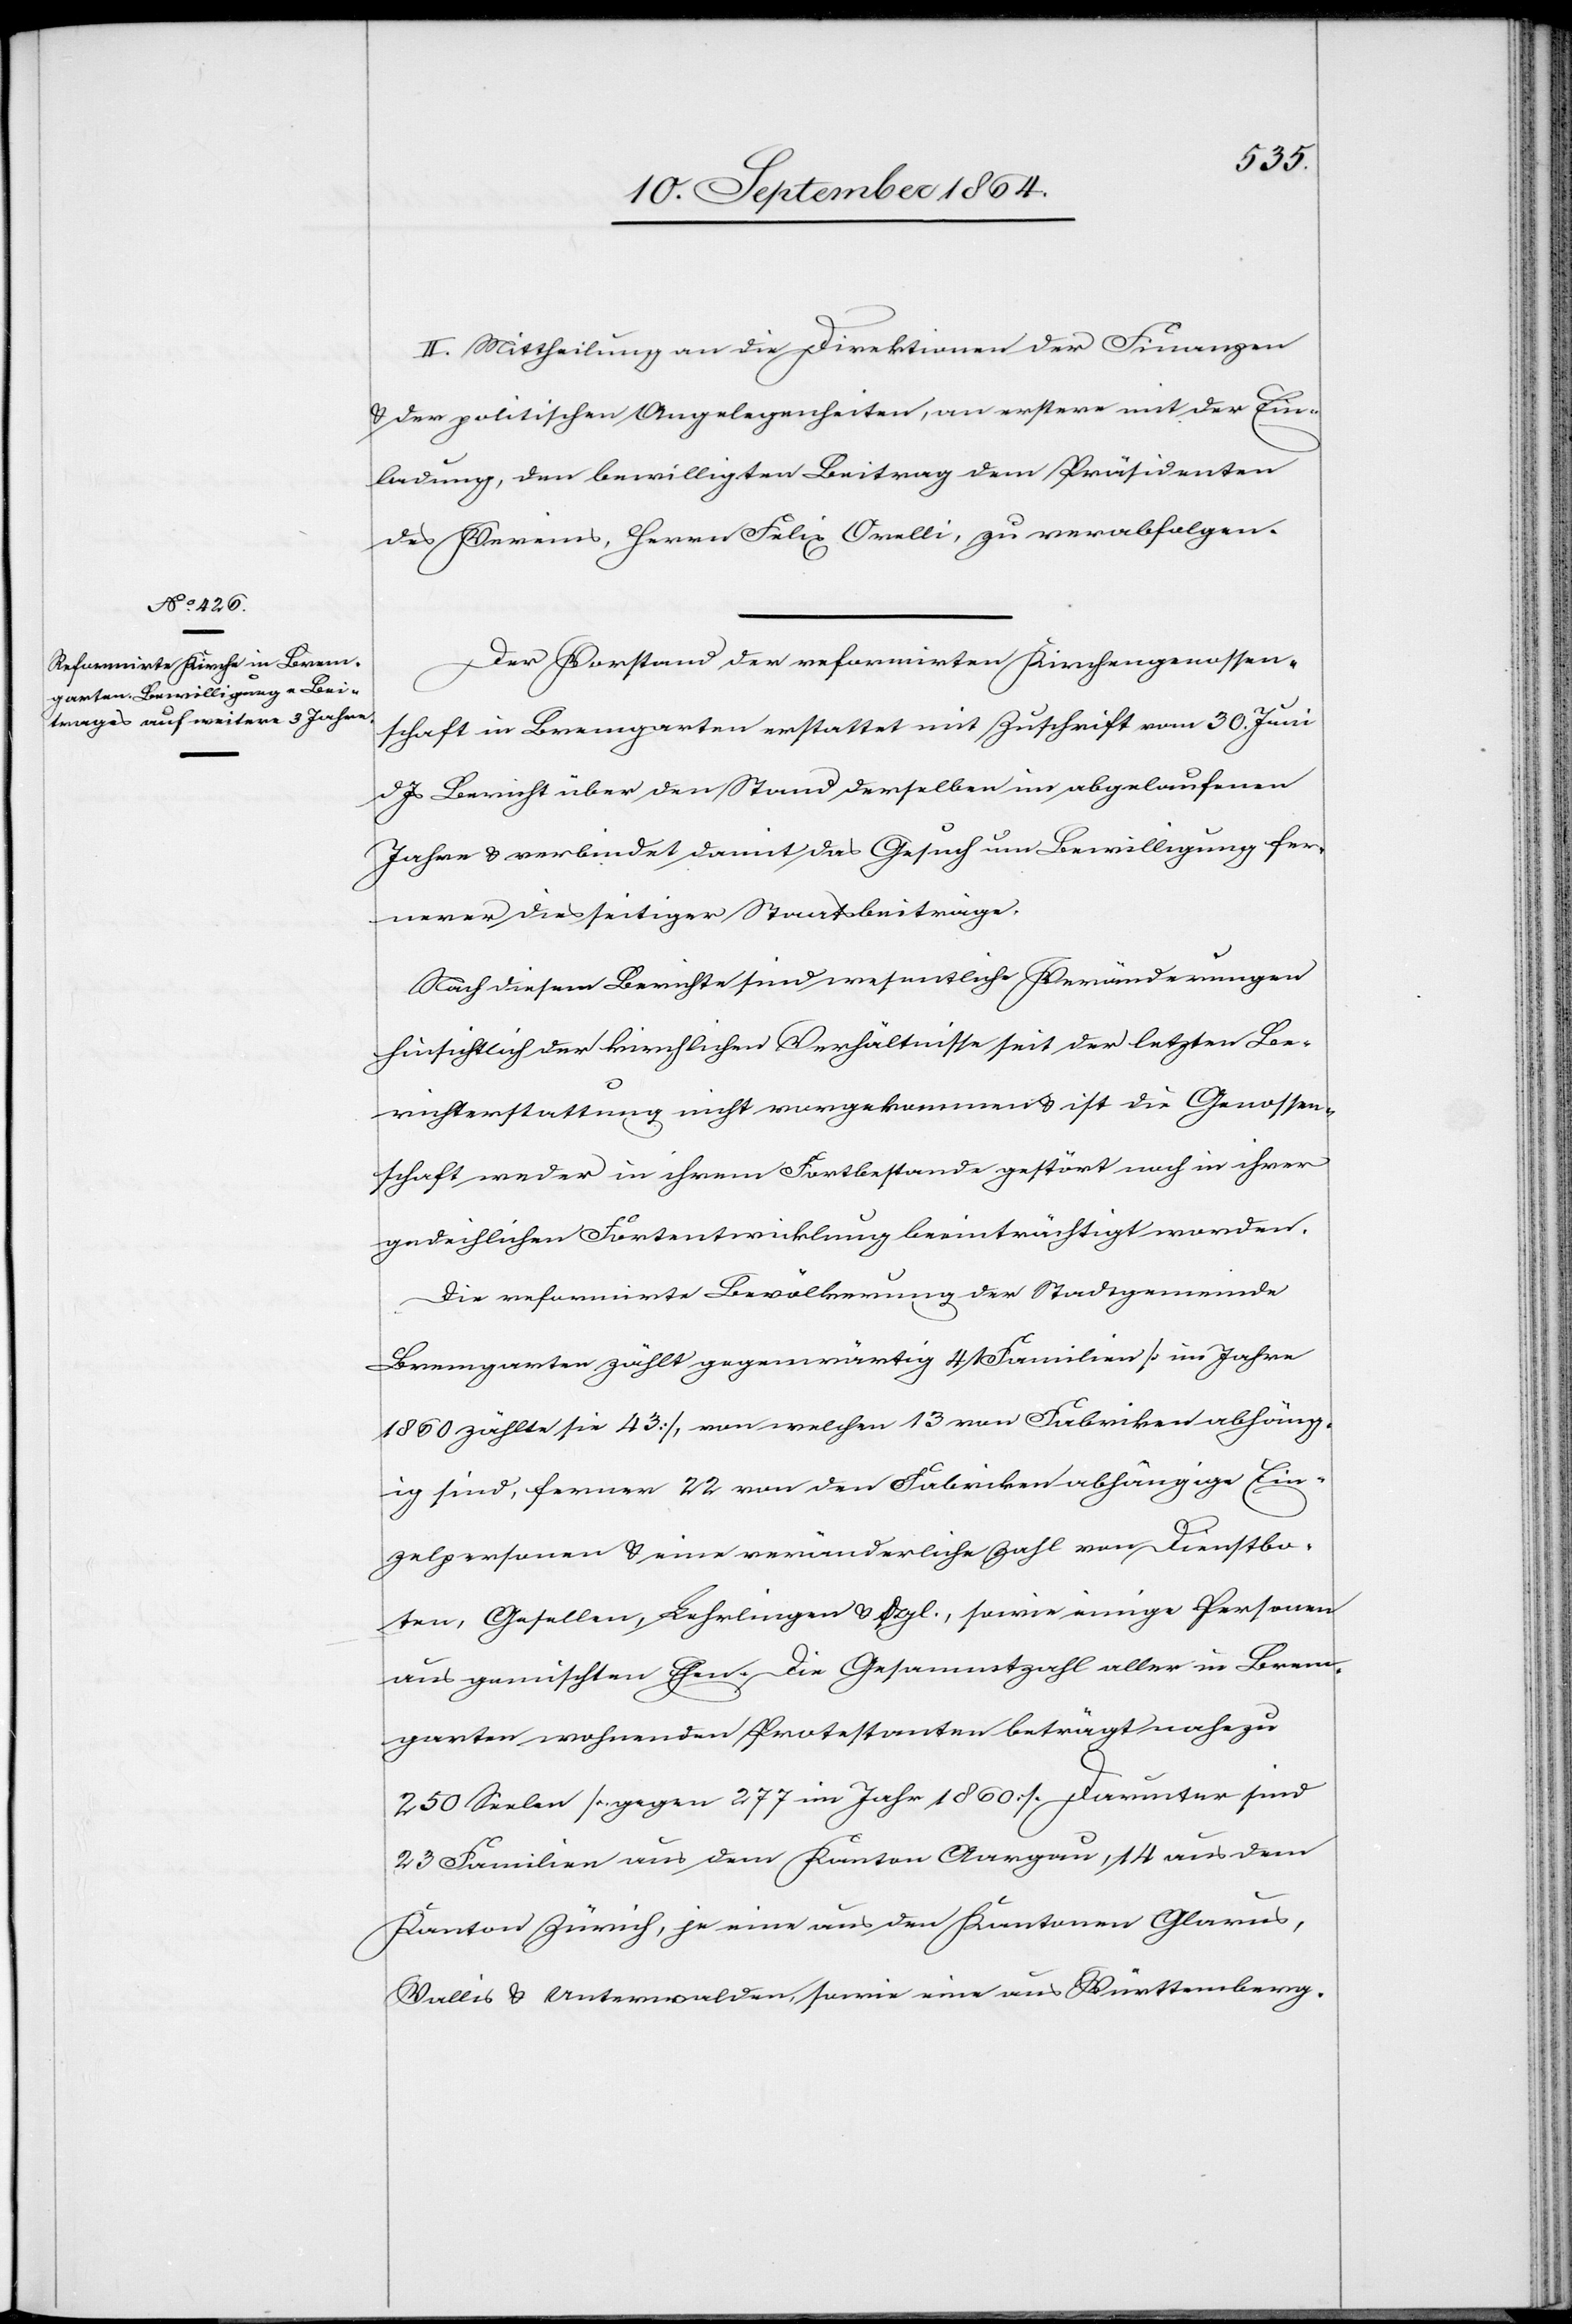
II. Mittheilung an die Direktion der Finanzen
& der politischen Angelegenheiten, an erstere mit der Ein¬
ladung, den bewilligten Beitrag dem Präsidenten
des Vereins Herrn Felix Orelli, zu verabfolgen.